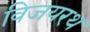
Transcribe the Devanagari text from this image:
विजयरथ